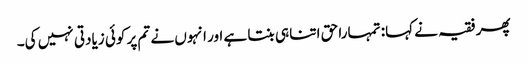
پھر فقیہ نے کہا: تمہارا حق اتنا ہی بنتا ہے اور انہوں نے تم پر کوئی زیادتی نہیں کی۔